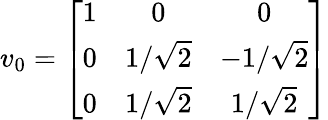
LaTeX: v_{0}=\left[\begin{array}{ccc}{{1}}&{{0}}&{{0}}\\ {{0}}&{{1/\sqrt{2}}}&{{-1/\sqrt{2}}}\\ {{0}}&{{1/\sqrt{2}}}&{{1/\sqrt{2}}}\end{array}\right]